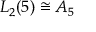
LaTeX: L _ { 2 } ( 5 ) \cong A _ { 5 }